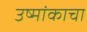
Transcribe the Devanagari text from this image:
उष्मांकाचा